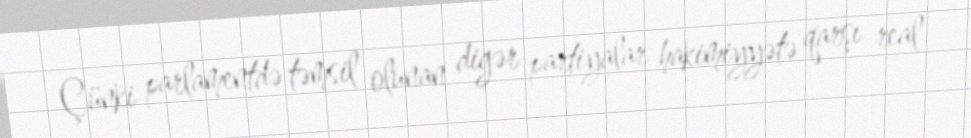
Çünki parlamentdə təmsil olunan digər partiyalar hakimiyyətə qarşı real